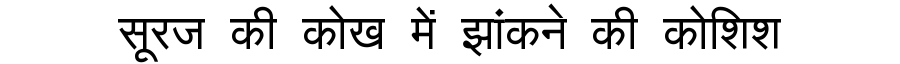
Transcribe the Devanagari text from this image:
सूरज की कोख में झांकने की कोशिश